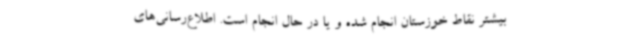
بیشتر نقاط خوزستان انجام شده و یا در حال انجام است. اطلاع‌رسانی‌های